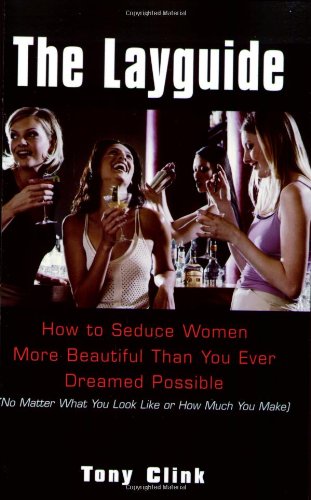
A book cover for The Layguide: How to Seduce Women More Beautiful Than You Ever Dreamed Possible No Matter What You Look Like or How Much You Make; Tony Clink; Self-Help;